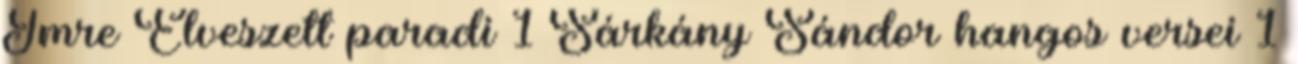
Imre Elveszett paradi 1 Sárkány Sándor hangos versei 1